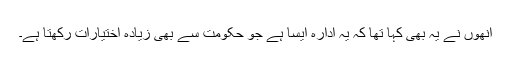
انھوں نے یہ بھی کہا تھا کہ یہ ادارہ ایسا ہے جو حکومت سے بھی زیادہ اختیارات رکھتا ہے۔